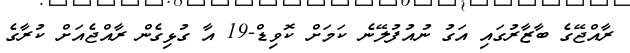
ރާއްޖޭގެ ބާޒާރުގައި އަގު ނުއުފުލޭނެ ކަމަށް ކޮވިޑް-19 އާ ގުޅިގެން ރާއްޖެއަށް ކުރާގެ